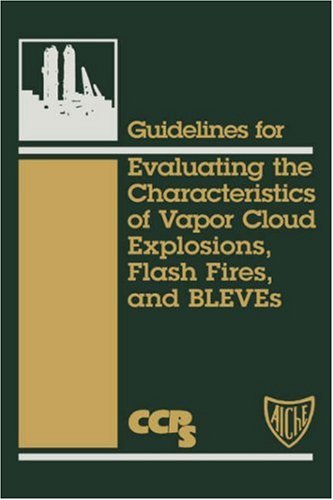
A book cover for Guidelines for Evaluating the Characteristics of Vapor Cloud Explosions, Flash Fires, and BLEVEs; CCPS (Center for Chemical Process Safety); Science & Math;